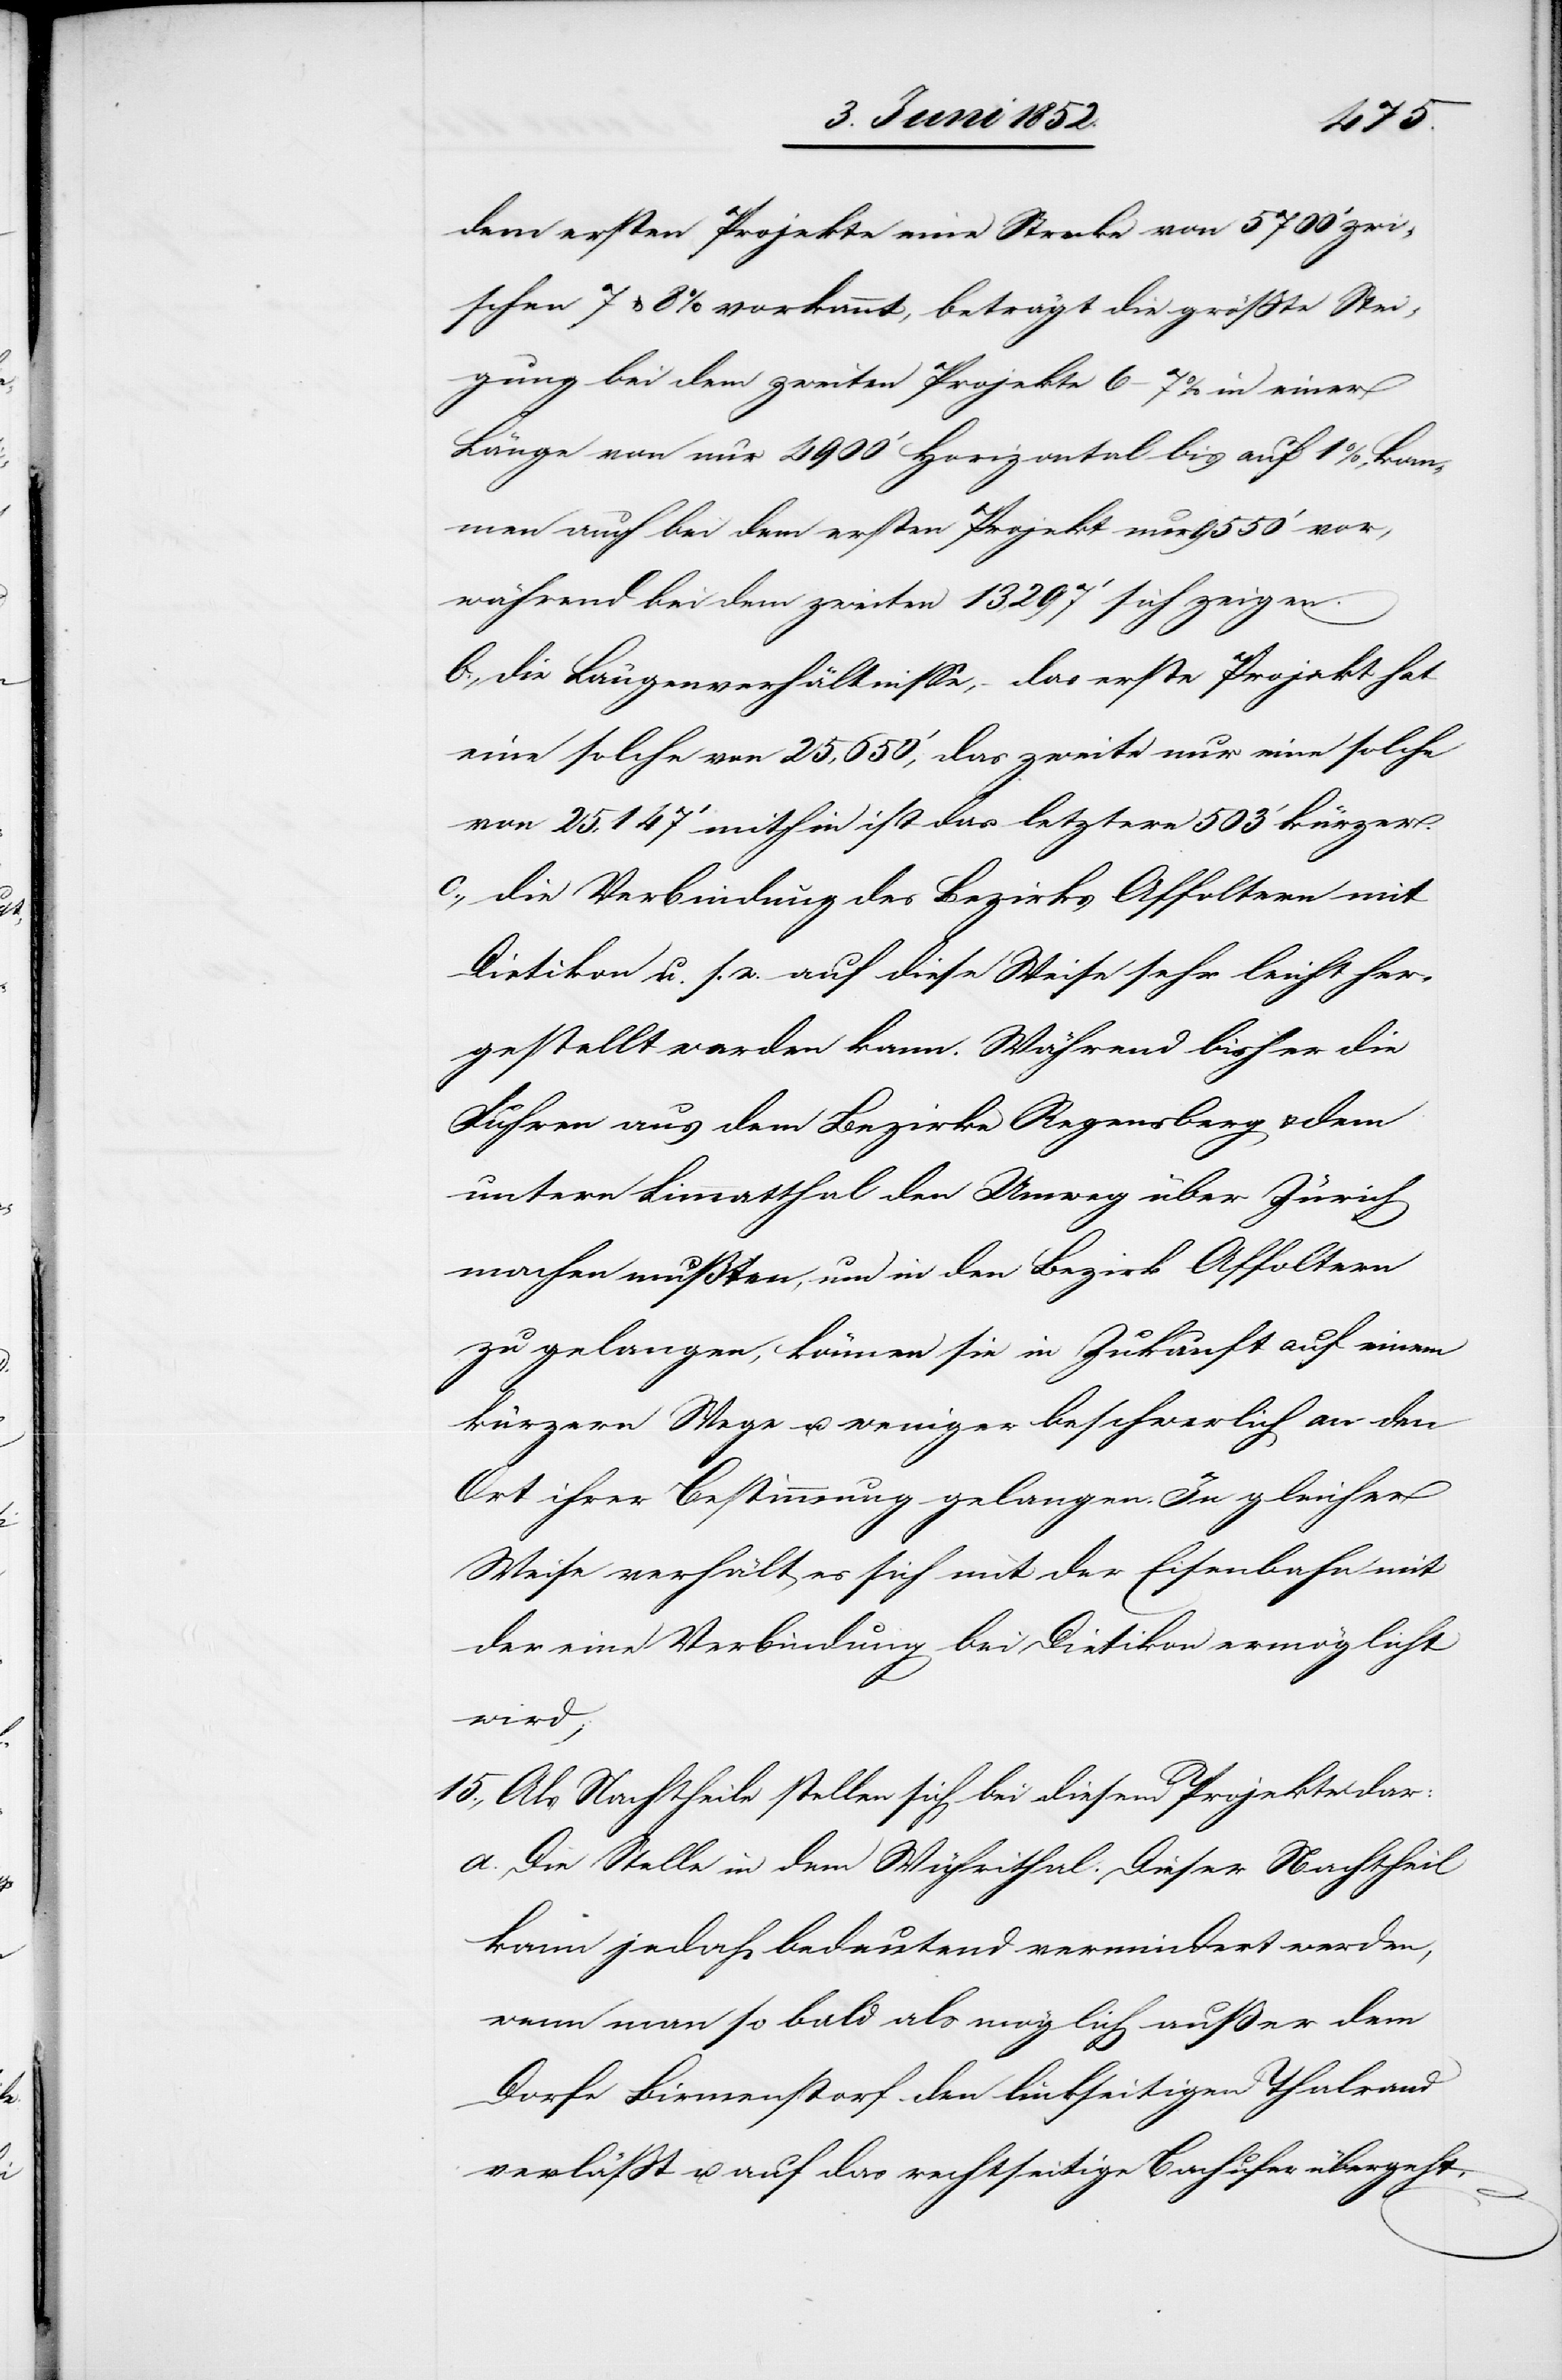
dem ersten Projekte eine Strecke von 5700‘ zwi¬
schen 7 & 8% vorkommt, beträgt die grösste Stei¬
gung bei dem zweiten Projekte 6–7% in einer
Länge von nur 4900‘ horizontal bis auf 1%, kom¬
men auch bei dem ersten Projekt nur 9550‘ vor,
während bei dem zweiten 13,297‘ sich zeigen.
die Längenverhältnisse, – das erste Projekt hat
eine solche von 25,650‘, das zweite nur eine solche
von 25,147‘ mithin ist das letztere 503‘ kürzer.
[daß] die Verbindung des Bezirks Affoltern mit
Dietikon u. s. w. auf diese Weise sehr leicht her¬
gestellt werden kann. Während bisher die
Fuhren aus dem Bezirke Regensberg & dem
untern Limmatthal den Umweg über Zürich
machen mußten, um in den Bezirk Affoltern
zu gelangen, können sie in Zukunft auf einem
kürzern Wege u. weniger beschwerlich an den
Ort ihrer Bestimmung gelangen. In gleicher
Weise verhält es sich mit der Eisenbahn mit
der eine Verbindung bei Dietikon ermöglicht
wird;
Als Nachtheile stellen sich bei diesem Projekte dar:
Die Stelle in dem Wührithal. Dieser Nachtheil
kann jedoch bedeutend vermindert werden,
wenn man so bald als möglich außer dem
Dorfe Birmenstorf den linkseitigen Thalrand
verlässt u. auf das rechtseitige Bachufer übergeht.